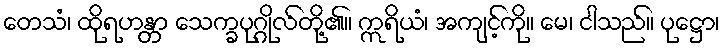
တေသံ၊ ထိုရဟန္တာ သေက္ခပုဂ္ဂိုလ်တို့၏။ ဣရိယံ၊ အကျင့်ကို။ မေ၊ ငါသည်။ ပုဋ္ဌော၊